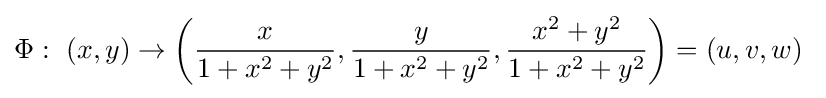
\Phi :\ (x,y)\rightarrow \left({\frac {x}{1+x^{2}+y^{2}}},{\frac {y}{1+x^{2}+y^{2}}},{\frac {x^{2}+y^{2}}{1+x^{2}+y^{2}}}\right)=(u,v,w)\